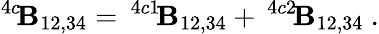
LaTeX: ^{4c}\! {\cal\mathbf{B}}_{12,34}=\, ^{4c1}\! {\cal\mathbf{B}}_{12,34}+\, ^{4c2}\! \mathbf{B}_{12,34}\ .